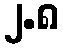
၂.၈